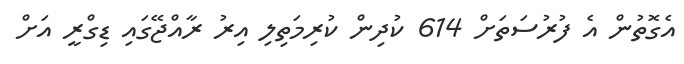
އެގޮތުން އެ ފުރުސަތަށް 614 ކުދިން ކުރިމަތިލި އިރު ރާއްޖޭގައި ޑިގްރީ އަށް